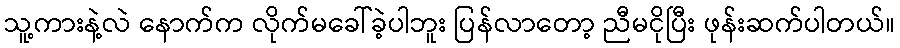
သူ့ကားနဲ့လဲ နောက်က လိုက်မခေါ်ခဲ့ပါဘူး ပြန်လာတော့ ညီမငိုပြီး ဖုန်းဆက်ပါတယ်။